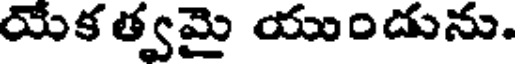
యేక త్వమై యుందును.